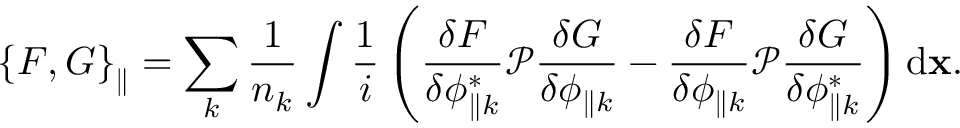
\left\{ F , G \right\} _ { \parallel } = \sum _ { k } { \frac { 1 } { n _ { k } } \int { \frac { 1 } { i } \left( \frac { \delta F } { \delta \phi _ { \parallel k } ^ { * } } \mathcal { P } \frac { \delta G } { \delta \phi _ { \parallel k } } - \frac { \delta F } { \delta \phi _ { \parallel k } } \mathcal { P } \frac { \delta G } { \delta \phi _ { \parallel k } ^ { * } } \right) \mathrm { d } { \bf x } } } .